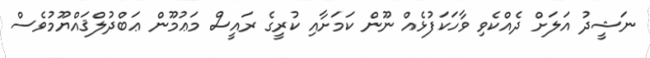
ނަޝީދު އަލަށް ދެއްކެވި ވާހަކަފުޅެއް ނޫން ކަމަށާއި ކުރީގެ ރައީސް މަޢުމޫން ޢަބްދުލްޤައްޔޫމުވެސް